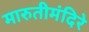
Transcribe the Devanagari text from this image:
मारुतीमंदिरे